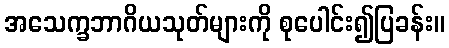
အသေက္ခဘာဂိယသုတ်များကို စုပေါင်း၍ပြခန်း။